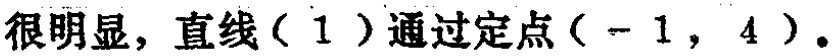
很明显，直线（1）通过定点（$-1$，$4$）。